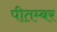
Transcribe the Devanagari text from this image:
पीतम्बर